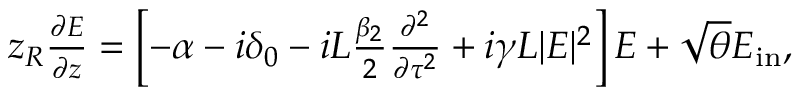
\begin{array} { r } { z _ { R } \frac { \partial E } { \partial z } = \left[ - \alpha - i \delta _ { 0 } - i L \frac { \beta _ { 2 } } { 2 } \frac { \partial ^ { 2 } } { \partial \tau ^ { 2 } } + i \gamma L | E | ^ { 2 } \right] E + \sqrt { \theta } E _ { \mathrm { i n } } , } \end{array}